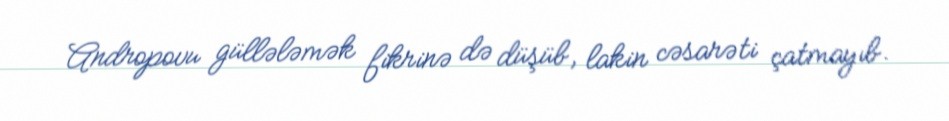
Andropovu güllələmək fikrinə də düşüb, lakin cəsarəti çatmayıb.